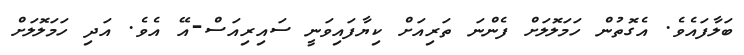
ބަލާފައެވެ. އެގޮތުން ހަމަލޮލަށް ފެންނަ ތަރިއަށް ކިޔާފައިވަނީ ސައިރިއަސް-އޭ އެވެ. އަދި ހަމަލޮލަށް